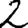
Digit: 2